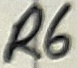
Text: R6